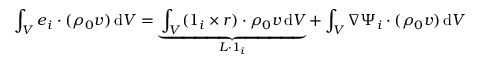
\int _ { V } \boldsymbol { e } _ { i } \boldsymbol { \cdot } ( \rho _ { 0 } \boldsymbol { v } ) \, \mathrm { d } V = \underbrace { \int _ { V } ( \boldsymbol { 1 } _ { i } \times \boldsymbol { r } ) \boldsymbol { \cdot } \rho _ { 0 } \boldsymbol { v } \, \mathrm { d } V } _ { \boldsymbol { L } \boldsymbol { \cdot } \boldsymbol { 1 } _ { i } } + \int _ { V } \nabla \Psi _ { i } \boldsymbol { \cdot } ( \rho _ { 0 } \boldsymbol { v } ) \, \mathrm { d } V